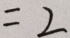
= 2